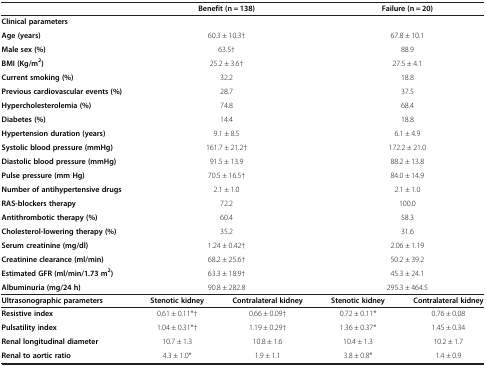
<table><thead><tr><td><b> </b></td><td colspan="2"><b>Benefit (n = 138)</b></td><td colspan="2"><b>Failure (n = 20)</b></td></tr></thead><tbody><tr><td><b>Clinical parameters</b></td><td colspan="2"> </td><td colspan="2"> </td></tr><tr><td><b>Age (years)</b></td><td colspan="2">60.3 ± 10.3†</td><td colspan="2">67.8 ± 10.1</td></tr><tr><td><b>Male sex (%)</b></td><td colspan="2">63.5†</td><td colspan="2">88.9</td></tr><tr><td><b>BMI (Kg/m</b><sup><b>2</b></sup><b>)</b></td><td colspan="2">25.2 ± 3.6†</td><td colspan="2">27.5 ± 4.1</td></tr><tr><td><b>Current smoking (%)</b></td><td colspan="2">32.2</td><td colspan="2">18.8</td></tr><tr><td><b>Previous cardiovascular events (%)</b></td><td colspan="2">28.7</td><td colspan="2">37.5</td></tr><tr><td><b>Hypercholesterolemia (%)</b></td><td colspan="2">74.8</td><td colspan="2">68.4</td></tr><tr><td><b>Diabetes (%)</b></td><td colspan="2">14.4</td><td colspan="2">18.8</td></tr><tr><td><b>Hypertension duration (years)</b></td><td colspan="2">9.1 ± 8.5</td><td colspan="2">6.1 ± 4.9</td></tr><tr><td><b>Systolic blood pressure (mmHg)</b></td><td colspan="2">161.7 ± 21.2†</td><td colspan="2">172.2 ± 21.0</td></tr><tr><td><b>Diastolic blood pressure (mmHg)</b></td><td colspan="2">91.5 ± 13.9</td><td colspan="2">88.2 ± 13.8</td></tr><tr><td><b>Pulse pressure (mm Hg)</b></td><td colspan="2">70.5 ± 16.5†</td><td colspan="2">84.0 ± 14.9</td></tr><tr><td><b>Number of antihypertensive drugs</b></td><td colspan="2">2.1 ± 1.0</td><td colspan="2">2.1 ± 1.0</td></tr><tr><td><b>RAS-blockers therapy</b></td><td colspan="2">72.2</td><td colspan="2">100.0</td></tr><tr><td><b>Antithrombotic therapy (%)</b></td><td colspan="2">60.4</td><td colspan="2">58.3</td></tr><tr><td><b>Cholesterol-lowering therapy (%)</b></td><td colspan="2">35.2</td><td colspan="2">31.6</td></tr><tr><td><b>Serum creatinine (mg/dl)</b></td><td colspan="2">1.24 ± 0.42†</td><td colspan="2">2.06 ± 1.19</td></tr><tr><td><b>Creatinine clearance (ml/min)</b></td><td colspan="2">68.2 ± 25.6†</td><td colspan="2">50.2 ± 39.2</td></tr><tr><td><b>Estimated GFR (ml/min/1.73 m</b><sup><b>2</b></sup><b>)</b></td><td colspan="2">63.3 ± 18.9†</td><td colspan="2">45.3 ± 24.1</td></tr><tr><td><b>Albuminuria (mg/24 h)</b></td><td colspan="2">90.8 ± 282.8</td><td colspan="2">295.3 ± 464.5</td></tr><tr><td><b>Ultrasonographic parameters</b></td><td><b>Stenotic kidney</b></td><td><b>Contralateral kidney</b></td><td><b>Stenotic kidney</b></td><td><b>Contralateral kidney</b></td></tr><tr><td><b>Resistive index</b></td><td>0.61 ± 0.11*†</td><td>0.66 ± 0.09†</td><td>0.72 ± 0.11*</td><td>0.76 ± 0.08</td></tr><tr><td><b>Pulsatility index</b></td><td>1.04 ± 0.31*†</td><td>1.19 ± 0.29†</td><td>1.36 ± 0.37*</td><td>1.45 ± 0.34</td></tr><tr><td><b>Renal longitudinal diameter</b></td><td>10.7 ± 1.3</td><td>10.8 ± 1.6</td><td>10.4 ± 1.3</td><td>10.2 ± 1.7</td></tr><tr><td><b>Renal to aortic ratio</b></td><td>4.3 ± 1.0*</td><td>1.9 ± 1.1</td><td>3.8 ± 0.8*</td><td>1.4 ± 0.9</td></tr></tbody></table>